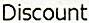
DISCOUNT